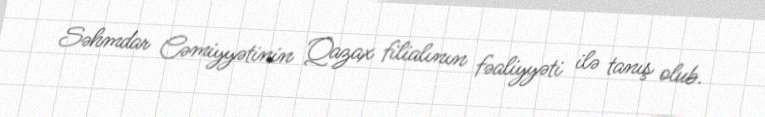
Səhmdar Cəmiyyətinin Qazax filialının fəaliyyəti ilə tanış olub.